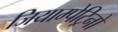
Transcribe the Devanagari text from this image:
जियाम्पेट्रिनो